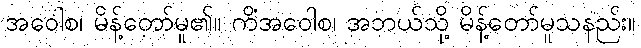
အဝေါစ၊ မိန့်တော်မူ၏။ ကိံအဝေါစ၊ အဘယ်သို့ မိန့်တော်မူသနည်း။